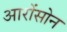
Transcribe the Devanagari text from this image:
आरोंसोन